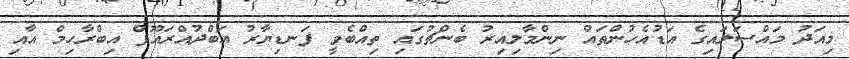
މިއަދު މައްސަލައިގެ އަޑުއެހުންތައް ނިންމާލިއިރު ބެންޗުގައި ތިއްބެވީ ފަނޑިޔާރު އަބްދުއްރައޫފް އިބްރާހިމް އާއި